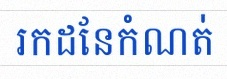
រកដែនកំណត់